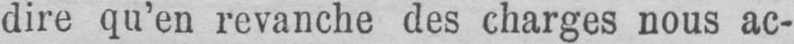
dire qu’en revanche des charges nous ac-